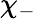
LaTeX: \chi_{-}